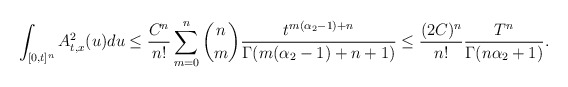
\begin{align*}\int_{[0,t]^n} A^2_{t,x}(u)du\le \frac{C^n}{n!}\sum_{m=0}^n \binom{n}{m} \frac{t^{m(\alpha_2-1)+n}}{\Gamma(m(\alpha_2-1)+n+1)}\le \frac{(2C)^n}{n!} \frac{T^n}{\Gamma(n\alpha_2+1)}.\end{align*}